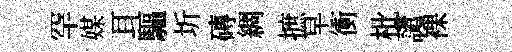
罕媒耳驅圻磚綢摭早衝枇譴裸